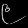
Digit: ၉